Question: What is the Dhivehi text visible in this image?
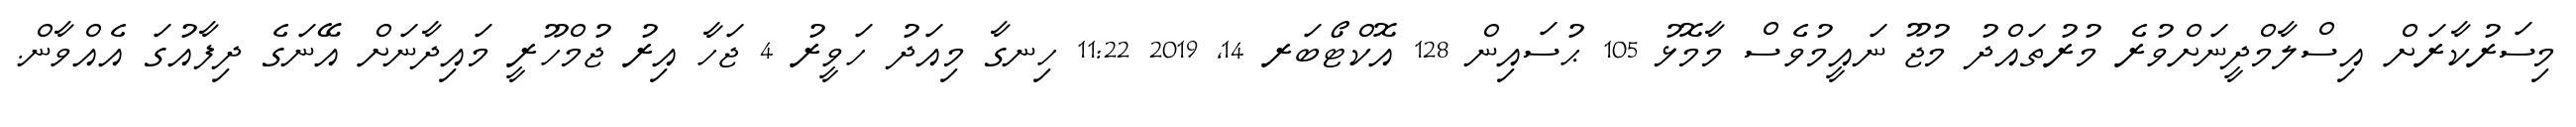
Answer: މިސަރުކާރަށް އިސްލާމްދީނަށްވުރެ މުރުތައްދު މުޖޫ ނައީމުވެސް މާމޮޅު 105 ޙުސައިން 128 އޮކްޓޯބަރ 14, 2019 11:22 ހިނގާ މިއަދު ހަވީރު 4 ޖަހާ އިރު ޖުމްހޫރީ މައިދާނަށް އޭނަގެ ދިފާއުގަ އެއްވާން.